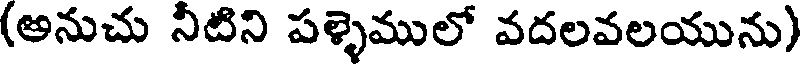
(అనుచు నీటిని పళ్ళెములో వదలవలయును)